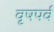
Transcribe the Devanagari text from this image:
वृषपर्व